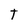
Character: t